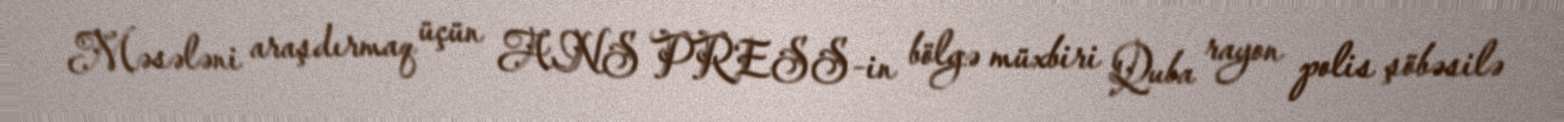
Məsələni araşdırmaq üçün ANS PRESS-in bölgə müxbiri Quba rayon polis şöbəsilə